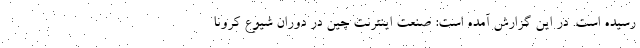
رسیده است. در این گزارش آمده است: صنعت اینترنت چین در دوران شیوع کرونا